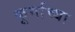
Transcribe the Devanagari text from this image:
कूर्माच्या